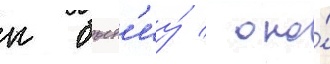
к быт'иу́ / оно́